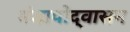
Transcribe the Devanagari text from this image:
मंडापोद्‌वासन